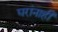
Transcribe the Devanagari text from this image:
घरांनाही